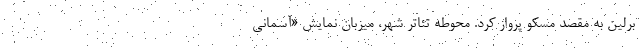
برلین به مقصد مسکو پرواز کرد. محوطه تئاتر شهر، میزبان نمایش «آسمانی